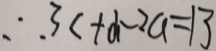
\therefore 3 c + d - 2 a = 1 3